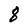
Character: 8